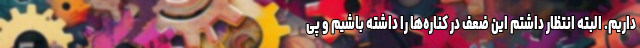
داریم. البته انتظار داشتم این ضعف در کناره‌ها را داشته باشیم و پی